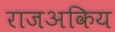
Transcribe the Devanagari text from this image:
राजअकिय